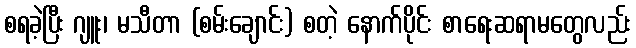
စရခဲ့ပြီး ဂျူး၊ မသီတာ (စမ်းချောင်း) စတဲ့ နောက်ပိုင်း စာရေးဆရာမတွေလည်း